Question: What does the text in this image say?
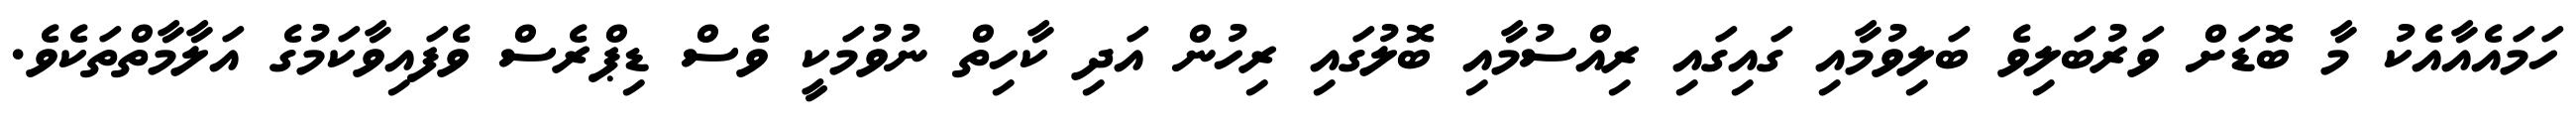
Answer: ހަމައެއާއެކު މާ ބޮޑަށް ވަރުބަލިވެ ބަލިވުމާއި ގައިގައި ރިއްސުމާއި ބޮލުގައި ރިހުން އަދި ކާހިތް ނުވުމަކީ ވެސް ޑިޕްރެސް ވެފައިވާކަމުގެ އަލާމާތްތަކެވެ.